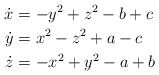
\begin{align*}\dot{x} &= -y^2+z^2-b+c \\ \dot{y}&= x^2-z^2+a-c \\\dot{z}&= -x^2+y^2-a+b\end{align*}